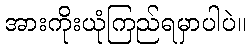
အားကိုးယုံကြည်ရမှာပါပဲ။